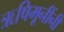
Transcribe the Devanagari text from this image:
ऋषिमूनींनी